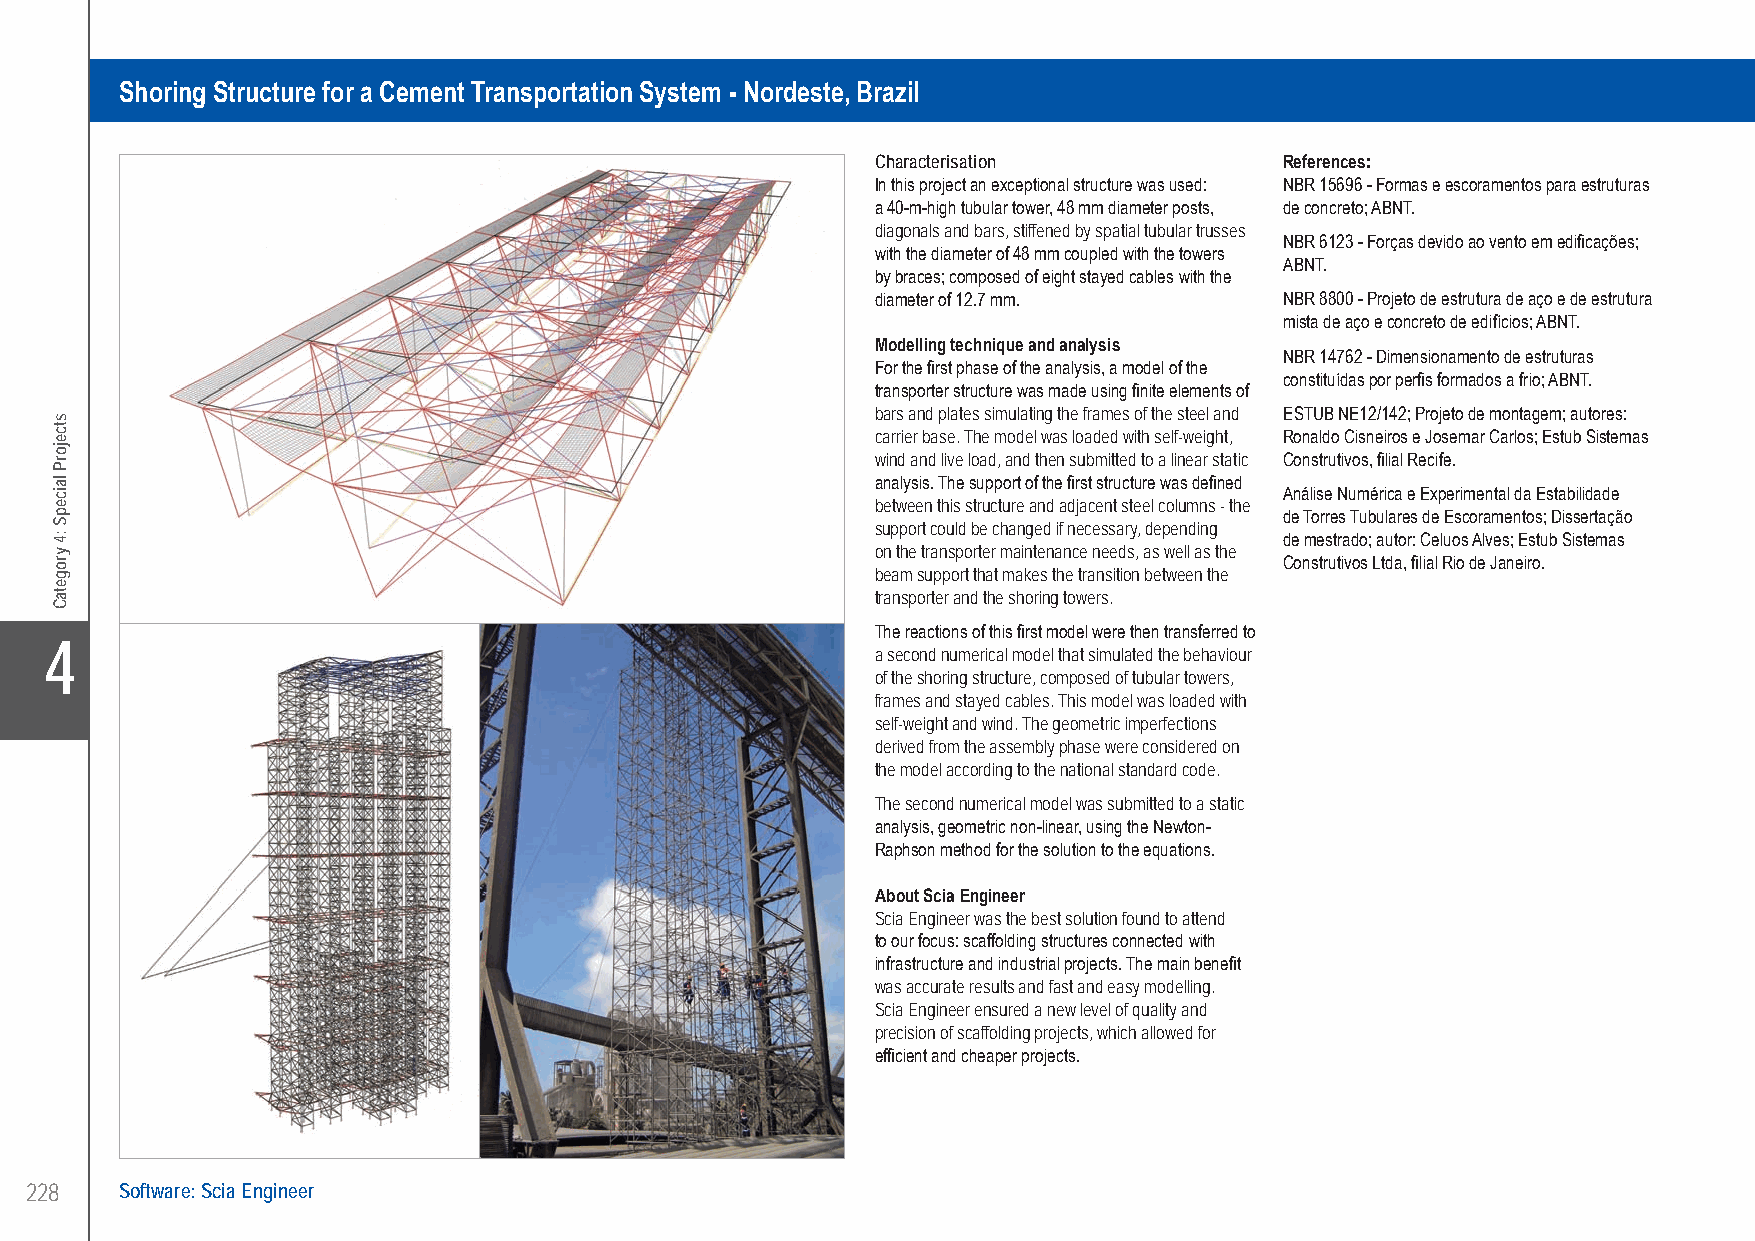
Estub Grupo João Mendes Shoring Structure for a Cement Transportation System - Nordeste, Brazil
 Shoring Structure for a Cement Transportation System - Nordeste, Brazil
 Characterisation           References:
 In this project an exceptional structure was used: NBR 15696 - Formas e escoramentos para estruturas
 a 40-m-high tubular tower, 48 mm diameter posts, de concreto; ABNT.
 diagonals and bars, stiffened by spatial tubular trusses
 NBR 6123 - Forças devido ao vento em edificações;
 with the diameter of 48 mm coupled with the towers
 ABNT.
 by braces; composed of eight stayed cables with the
 diameter of 12.7 mm.       NBR 8800 - Projeto de estrutura de aço e de estrutura
 mista de aço e concreto de edifícios; ABNT.
 Modelling technique and analysis
 NBR 14762 - Dimensionamento de estruturas
 For the first phase of the analysis, a model of the
 constituídas por perfis formados a frio; ABNT.
 transporter structure was made using finite elements of
 bars and plates simulating the frames of the steel and ESTUB NE12/142; Projeto de montagem; autores:
 carrier base. The model was loaded with self-weight, Ronaldo Cisneiros e Josemar Carlos; Estub Sistemas
 wind and live load, and then submitted to a linear static Construtivos, filial Recife.
 analysis. The support of the first structure was defined
 Análise Numérica e Experimental da Estabilidade
 between this structure and adjacent steel columns - the
 de Torres Tubulares de Escoramentos; Dissertação
 support could be changed if necessary, depending
 de mestrado; autor: Celuos Alves; Estub Sistemas
 on the transporter maintenance needs, as well as the
 Construtivos Ltda, filial Rio de Janeiro.
 beam support that makes the transition between the
 transporter and the shoring towers.
 The reactions of this first model were then transferred to
 X4
 a second numerical model that simulated the behaviour
 of the shoring structure, composed of tubular towers,
 frames and stayed cables. This model was loaded with
 self-weight and wind. The geometric imperfections
 derived from the assembly phase were considered on
 the model according to the national standard code.
 The second numerical model was submitted to a static
 analysis, geometric non-linear, using the Newton-
 Raphson method for the solution to the equations.
 About Scia Engineer
 Scia Engineer was the best solution found to attend
 to our focus: scaffolding structures connected with
 infrastructure and industrial projects. The main benefit
 was accurate results and fast and easy modelling.
 Scia Engineer ensured a new level of quality and
 precision of scaffolding projects, which allowed for
 efficient and cheaper projects.
 228   Software: Scia Engineer
 UC-2013-Book-V8.indd 228                                                                                  7/11/2013 11:54:34 AM
 stcejorP
 laicepS
 :4
 yrogetaC